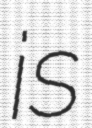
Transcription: is